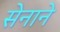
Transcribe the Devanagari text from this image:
सेनाने